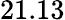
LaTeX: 21.13